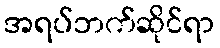
အရပ်ဘက်ဆိုင်ရာ